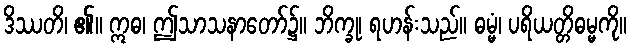
ဒိဿတိ၊ ၏။ ဣဓ၊ ဤသာသနာတော်၌။ ဘိက္ခု၊ ရဟန်းသည်။ ဓမ္မံ၊ ပရိယတ္တိဓမ္မကို။